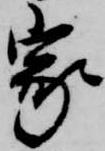
家